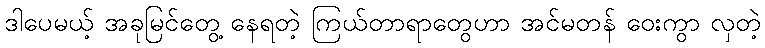
ဒါပေမယ့် အခုမြင်တွေ့ နေရတဲ့ ကြယ်တာရာတွေဟာ အင်မတန် ဝေးကွာ လှတဲ့